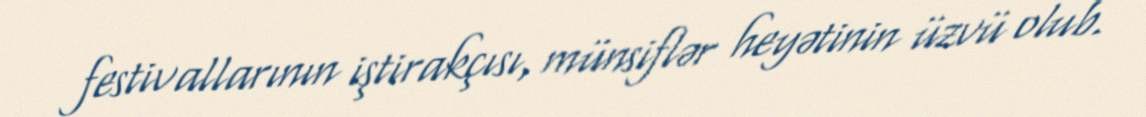
festivallarının iştirakçısı, münsiflər heyətinin üzvü olub.